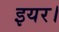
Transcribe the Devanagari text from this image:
इयर।